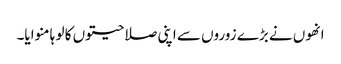
انھوں نے بڑے زوروں سے اپنی صلاحیتوں کا لو ہا منوایا۔